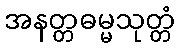
အနတ္တဓမ္မသုတ္တံ